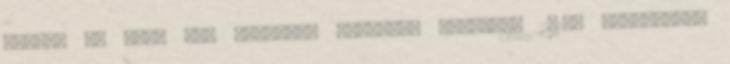
azokat az maga elé kitűzött célokat, melyeket 2018. áprilisáig